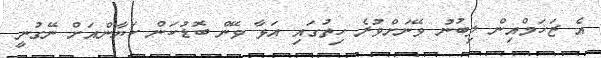
އެ ޒަޚަމްއިން ލިބުނު ވޭނަށްވުރެ ހިތުގައި އަޅާ ވޭން ބޮޑުކަން ކަޔާންއަށް ނޭގުނީ